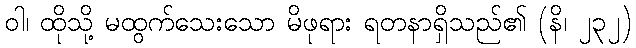
ဝါ၊ ထိုသို့ မထွက်သေးသော မိဖုရား ရတနာရှိသည်၏ (နိ၊ ၂၃၂)